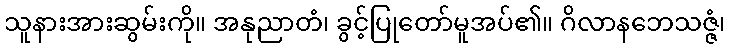
သူနားအားဆွမ်းကို။ အနုညာတံ၊ ခွင့်ပြုတော်မူအပ်၏။ ဂိလာနဘေသဇ္ဇံ၊